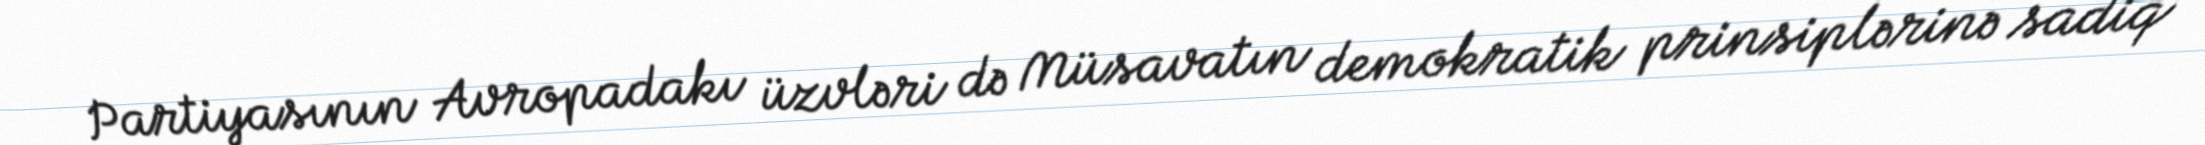
Partiyasının Avropadakı üzvləri də Müsavatın demokratik prinsiplərinə sadiq